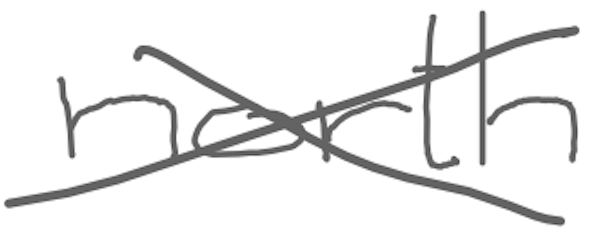
Text: north
Cross-out: cross
Writing tool: digital_gray